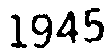
1945